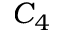
C _ { 4 }